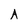
Character: A